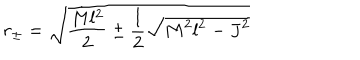
r _ { \pm } = \sqrt { \frac { M l ^ { 2 } } { 2 } \pm \frac { l } { 2 } \sqrt { M ^ { 2 } l ^ { 2 } - J ^ { 2 } } }